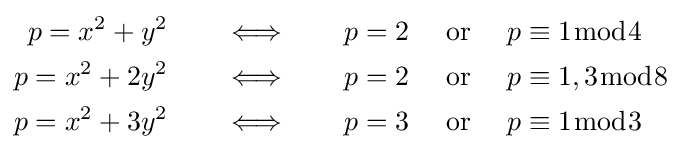
{\begin{aligned}p=x^{2}+y^{2}\qquad &\Longleftrightarrow \qquad p=2\quad {\text{ or }}\quad p\equiv 1{\bmod {4}}\\p=x^{2}+2y^{2}\qquad &\Longleftrightarrow \qquad p=2\quad {\text{ or }}\quad p\equiv 1,3{\bmod {8}}\\p=x^{2}+3y^{2}\qquad &\Longleftrightarrow \qquad p=3\quad {\text{ or }}\quad p\equiv 1{\bmod {3}}\\\end{aligned}}